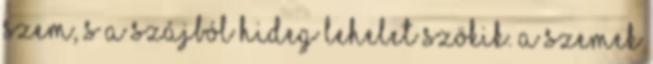
szem, s a szájból hideg lehelet szökik. A szemek